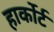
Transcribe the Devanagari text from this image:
हार्कोर्ट